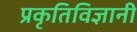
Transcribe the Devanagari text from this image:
प्रकृतिविज्ञानी